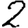
Digit: 2